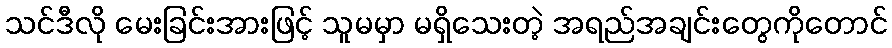
သင်ဒီလို မေးခြင်းအားဖြင့် သူမမှာ မရှိသေးတဲ့ အရည်အချင်းတွေကိုတောင်